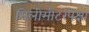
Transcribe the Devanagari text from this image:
मिलीमीटरपेक्षा